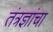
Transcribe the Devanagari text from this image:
तंत्रज्ञांचा